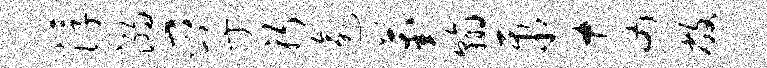
浮溺孚躬逾葑翰聚奈敝